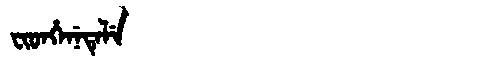
Manchu: ᠸᡳᡨᡥᡝᠨᡝᡨᡝᠯᡝ
Romanization: FITHENETELE